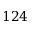
1 2 4